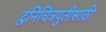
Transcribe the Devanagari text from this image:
द्वनिचित्रपुतीसाठी